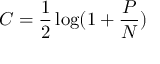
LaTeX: C = { \frac { 1 } { 2 } } \log ( 1 + { \frac { P } { N } } )